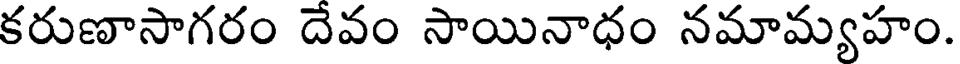
కరుణాసాగరం దేవం సాయినాధం నమామ్యహం.